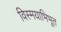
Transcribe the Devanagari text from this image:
विस्मयाभिभूत